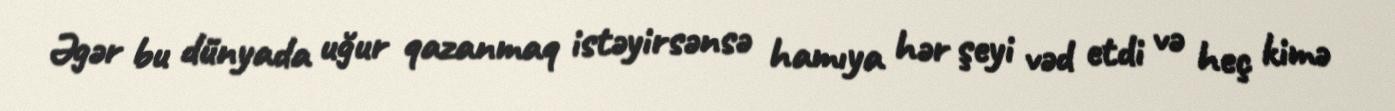
Əgər bu dünyada uğur qazanmaq istəyirsənsə hamıya hər şeyi vəd etdi və heç kimə